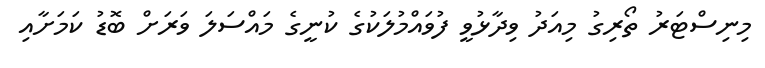
މިނިސްޓަރު ތޯރިގު މިއަދު ވިދާޅުވީ ފުވައްމުލަކުގެ ކުނީގެ މައްސަލަ ވަރަށް ބޮޑު ކަމަށާއި